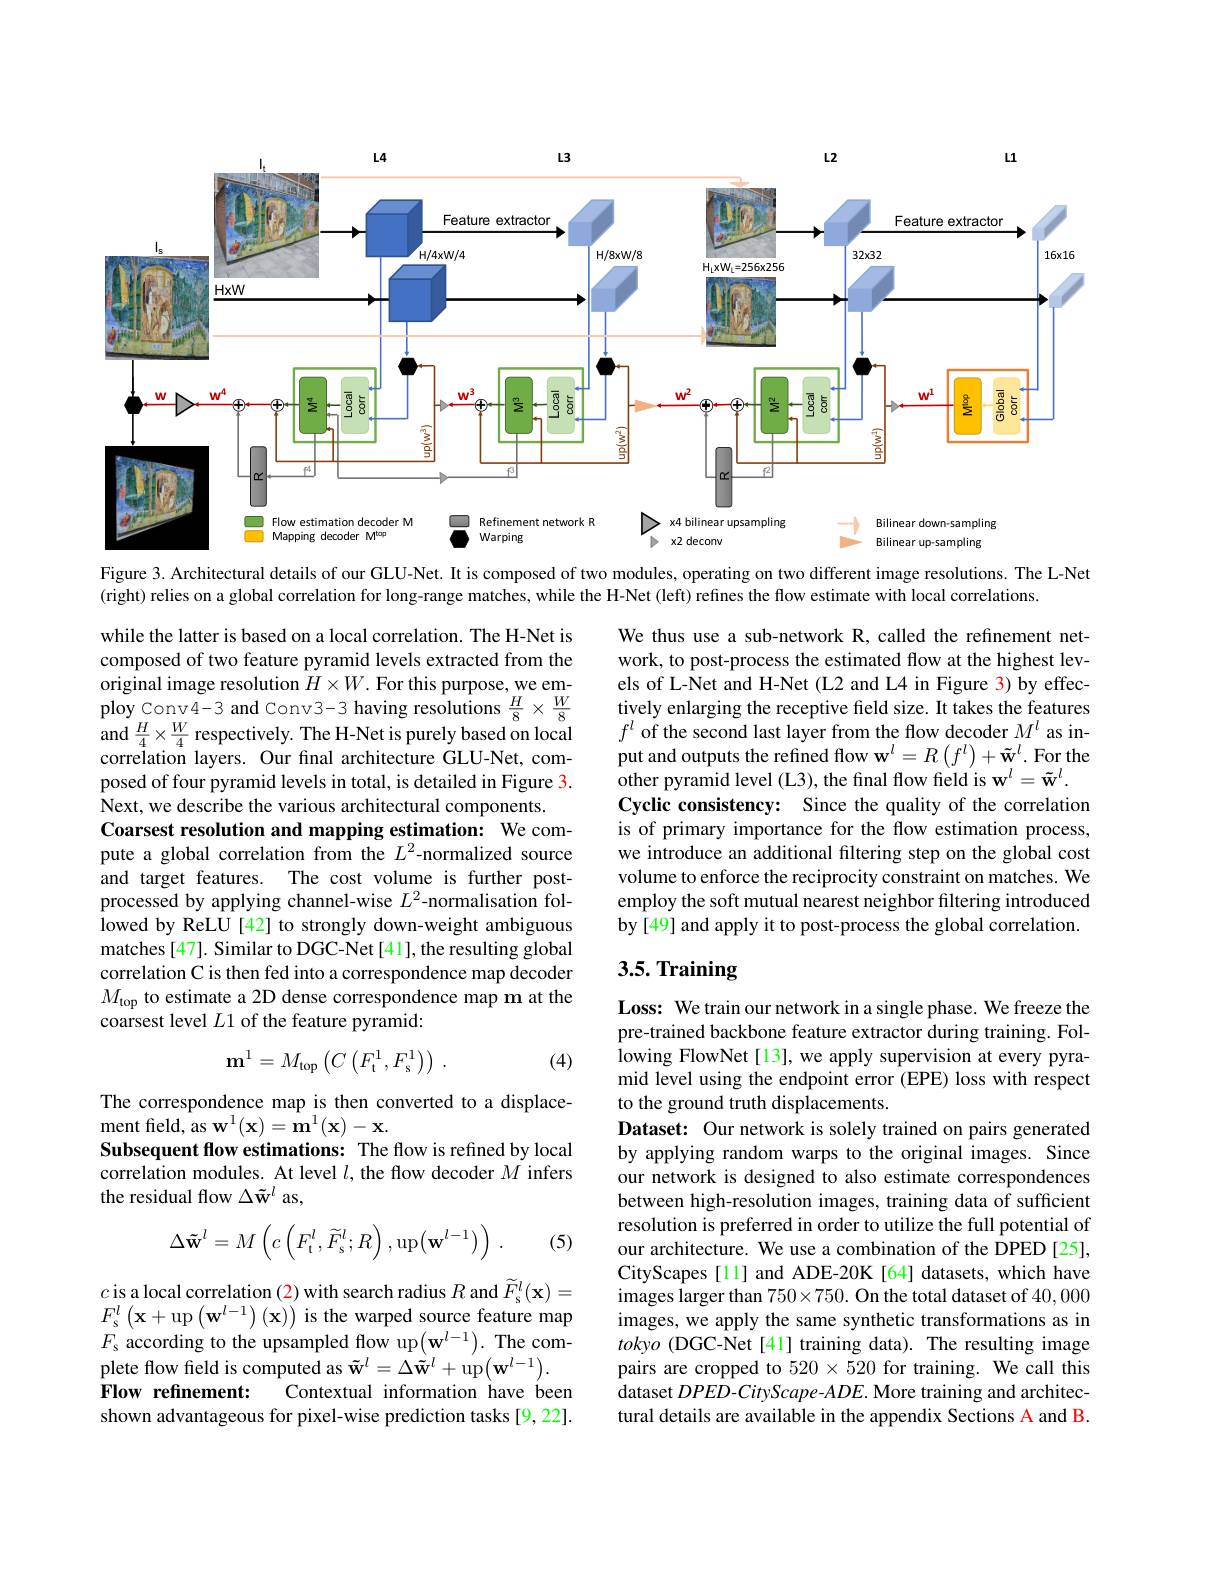
<FigureHere>

Figure 3. Architectural details of our GLU-Net. It is composed of two modules, operating on two different image resolutions. The L-Net

(right) relies on a global correlation for long-range matches, while the H-Net (left) refines the flow estimate with local correlations.

We thus use a sub-network R, called the refinement network, to post-process the estimated flow at the highest levels of L-Net and H-Net (L2 and L4 in Figure 3) by effectively enlarging the receptive feld size. It takes the features $f^l$ of the second last layer from the flow decoder $M^l$ as input and outputs the refined flow $\mathbf{w}^l=R\left(f^l\right)+\tilde{\mathbf{w}}^l.$ For the other pyramid level (L3), the final flow field is w$^l=\tilde{\mathbf{w}}^l.$
Cyclic consistency: Since the quality of the correlation is of primary importance for the flow estimation process, we introduce an additional filtering step on the global cost volume to enforce the reciprocity constraint on matches. We employ the soft mutual nearest neighbor filtering introduced by[49] and apply it to post-process the global correlation.

while the latter is based on a local correlation. The H-Net is composed of two feature pyramid levels extracted from the original image resolution $H\times W.$ For this purpose, we employ Conv4-3 and Conv3-3 having resolutions $\frac{H}{8}\times\frac{W}{8}$ and $\frac{H}{4}\times\frac{W}{4}$ respectively. The H-Net is purely based on local correlation layers. Our final architecture GLU-Net, composed of four pyramid levels in total, is detailed in Figure 3. Next, we describe the various architectural components.
Coarsest resolution and mapping estimation: We compute a global correlation from the $L^{2}$-normalized source and target features. The cost volume is further postprocessed by applying channel-wise $L^{2}$-normalisation followed by ReLU [42] to strongly down-weight ambiguous matches [47]. Similar to DGC-Net [41], the resulting global correlation C is then fed into a correspondence map decoder $M_{\mathrm{top}}$ to estimate a 2D dense correspondence map m at the coarsest level $L1$ of the feature pyramid:

## 3.5. Training
$$\mathbf m^1=M_{\mathrm{top}}\left(C\left(F_{\mathrm{t}}^1,F_{\mathrm{s}}^1\right)\right)\:.$$
(4)

The correspondence map is then converted to a displace-
${\mathrm{ment~field,~as~w}^{1}(\mathbf{x})=\mathbf{m}^{1}(\mathbf{x})-\mathbf{x}.}$
Subsequent flow estimations: The flow is refined by local correlation modules. At level $l$, the flow decoder $M$ infers the residual flow $\Delta\tilde{\mathbf{w}}^l$ as,

Loss: We train our network in a single phase. We freeze the pre-trained backbone feature extractor during training. Fol- lowing FlowNet [ 13] , we apply supervision at every pyra- mid level using the endpoint error (EPE) loss with respect to the ground truth displacements.
Dataset: Our network is solely trained on pairs generated by applying random warps to the original images. Since our network is designed to also estimate correspondences between high-resolution images, training data of sufficient resolution is preferred in order to utilize the full potential of our architecture. We use a combination of the DPED [25], CityScapes [11] and ADE-20K [64] datasets, which have images larger than $750\times750.$ On the total dataset of 40,000 images, we apply the same synthetic transformations as in tokyo (DGC-Net[41] training data). The resulting image pairs are cropped to $520\times520$ for training. We call this dataset $DPED-CityScape-ADE.$ More training and architectural details are available in the appendix Sections A and B.
$$\Delta\mathbf{\tilde{w}}^{l}=M\left(c\left(F_{\mathrm{t}}^{l},\tilde{F}_{\mathrm{s}}^{l};R\right),\mathrm{up}\bigl(\mathbf{w}^{l-1}\bigr)\right)\:.$$
(5)

$c$ is a local correlation (2) with search radius $R$ and $\widetilde{F} _{\mathrm{s} }^l( \mathbf{x} ) =$ $\begin{array}{l}{F_{s}^{l}\left(\mathbf{x}+\mathrm{up}\left(\mathbf{w}^{l-1}\right)(\mathbf{x})\right)\mathrm{is~the~warped~source~feature~map}}\\{F_{s}\mathrm{~according~to~the~upsampled~flow~up}\left(\mathbf{w}^{l-1}\right).\mathrm{~The~com-}}\end{array}$ plete flow field is computed as $\tilde{\mathbf{w}}^l=\Delta\tilde{\mathbf{w}}^l+\operatorname{up}\left(\mathbf{w}^{l-1}\right).$
Contextual information have been
Flow refinement:
shown advantageous for pixel-wise prediction tasks [9,22].